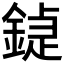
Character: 𨩼